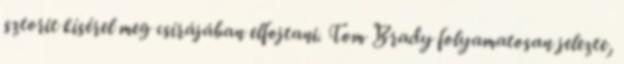
sztorit kísérel meg csírájában elfojtani. Tom Brady folyamatosan jelezte,